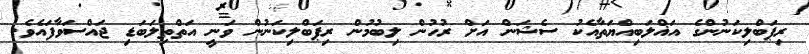
ރިޕަބްލިކަނުންގެ އަޣްލަބިއްޔަތާއެކު ސެޝަން އަށް ރުހުން ލިބުމުން ރިޕަބްލިކަނުން ވަނީ އަތްތިލަބަޑި ޖައްސަވާފައެވެ.